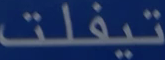
تيفلت